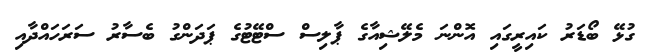
ގުޅޭ ބޯޑަރު ކައިރީގައި އޮންނަ މެލޭޝިއާގެ ޕާލިސް ސްޓޭޓުގެ ޕަދަންގު ބެސާރު ސަރަހައްދާއި